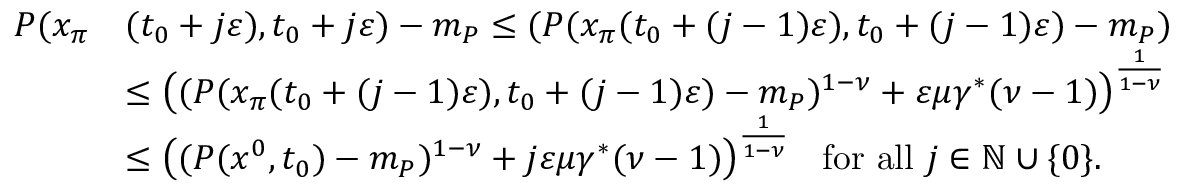
\begin{array} { r l } { P ( x _ { \pi } } & { ( t _ { 0 } + j \varepsilon ) , t _ { 0 } + j \varepsilon ) - m _ { P } \le ( P ( x _ { \pi } ( t _ { 0 } + ( j - 1 ) \varepsilon ) , t _ { 0 } + ( j - 1 ) \varepsilon ) - m _ { P } ) } \\ & { \le \big ( ( P ( x _ { \pi } ( t _ { 0 } + ( j - 1 ) \varepsilon ) , t _ { 0 } + ( j - 1 ) \varepsilon ) - m _ { P } ) ^ { 1 - \nu } + \varepsilon \mu \gamma ^ { * } ( \nu - 1 ) \big ) ^ { \frac { 1 } { 1 - \nu } } } \\ & { \le \big ( ( P ( x ^ { 0 } , t _ { 0 } ) - m _ { P } ) ^ { 1 - \nu } + j \varepsilon \mu \gamma ^ { * } ( \nu - 1 ) \big ) ^ { \frac { 1 } { 1 - \nu } } \; \; \mathrm { ~ f o r ~ a l l ~ } j \in \mathbb N \cup \{ 0 \} . } \end{array}